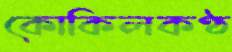
কোকিলকণ্ঠ